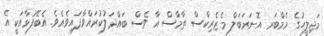
މަޖިލީހުގެ މެމްބަރ އޮނަރަބަލް މެޒެރިކްސް ތާމާސް އާ ވެސް ބައްދަލުކުރައްވާފައިވެއެވެ. އެބޭފުޅާއަކީ އެ